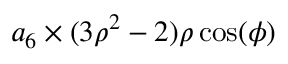
a _ { 6 } \times ( 3 \rho ^ { 2 } - 2 ) \rho \cos ( \phi )